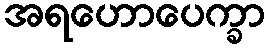
အရဟောပေက္ခာ